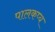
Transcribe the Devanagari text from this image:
पालकप्य